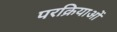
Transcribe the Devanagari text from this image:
परक्रियाओं